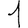
Digit: 1